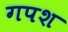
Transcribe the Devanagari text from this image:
गपश